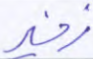
زفير